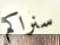
سنراكم